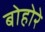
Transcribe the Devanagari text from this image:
बोहोरे